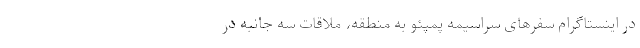
در اینستاگرام سفرهای سراسیمه پمپئو به منطقه، ملاقات‌ سه جانبه در